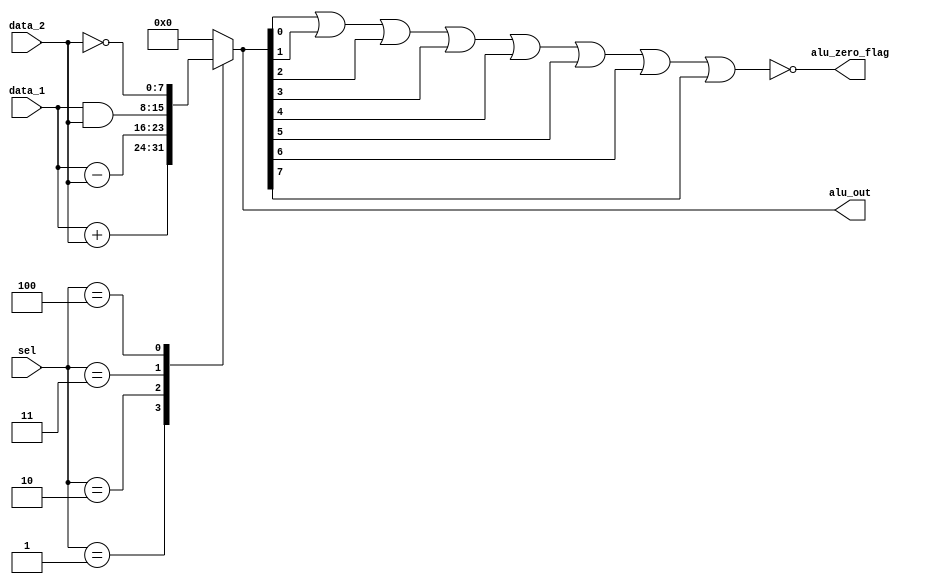
module alu_block(alu_zero_flag,alu_out,data_1,data_2,sel);
parameter word_size=8;
parameter NOP=4'b0000;
parameter ADD=4'b0001;
parameter SUB=4'b0010;
parameter AND=4'b0011;
parameter NOT=4'b0100;
parameter RD=4'b0101;
parameter WR=4'b0110;
parameter BR=4'b0111;
parameter BRZ=4'b1000;
input [word_size-1: 0] data_1,data_2;
input [3:0] sel;
output [word_size-1: 0] alu_out;
reg [word_size-1: 0] alu_out;
output alu_zero_flag;
assign alu_zero_flag=~(alu_out[0]|alu_out[1]|alu_out[2]|alu_out[3]|alu_out[4]|alu_out[5]|alu_out[6]|alu_out[7]);
//or
// assign alu_zero_flag=~|alu_out

always@(sel or data_1 or data_2)
begin
case(sel)
NOP: alu_out=0;
ADD: alu_out=data_1+data_2;
SUB: alu_out=data_1-data_2;
AND: alu_out=data_1 & data_2;
NOT: alu_out=~data_2;
default alu_out=0;
endcase
end
endmodule